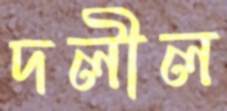
দলীল